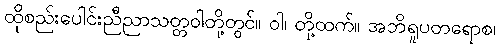
ထိုစည်းပေါင်းညီညာသတ္တဝါတို့တွင်။ ဝါ၊ တို့ထက်။ အဘိရူပတရောစ၊